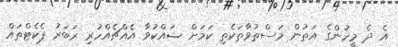
އެ ދެ މީހުންގެ އަތުން މަސްތުވާތަކެތި ކަމަށް ޝައްކުވާ އެއްޗެއްހުރި ރަބަރު ޕެކެޓްތައް